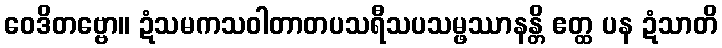
ဝေဒိတဗ္ဗော။ ဍံသမကသဝါတာတပသရီသပသမ္ဖဿာနန္တိ ဧတ္ထ ပန ဍံသာတိ